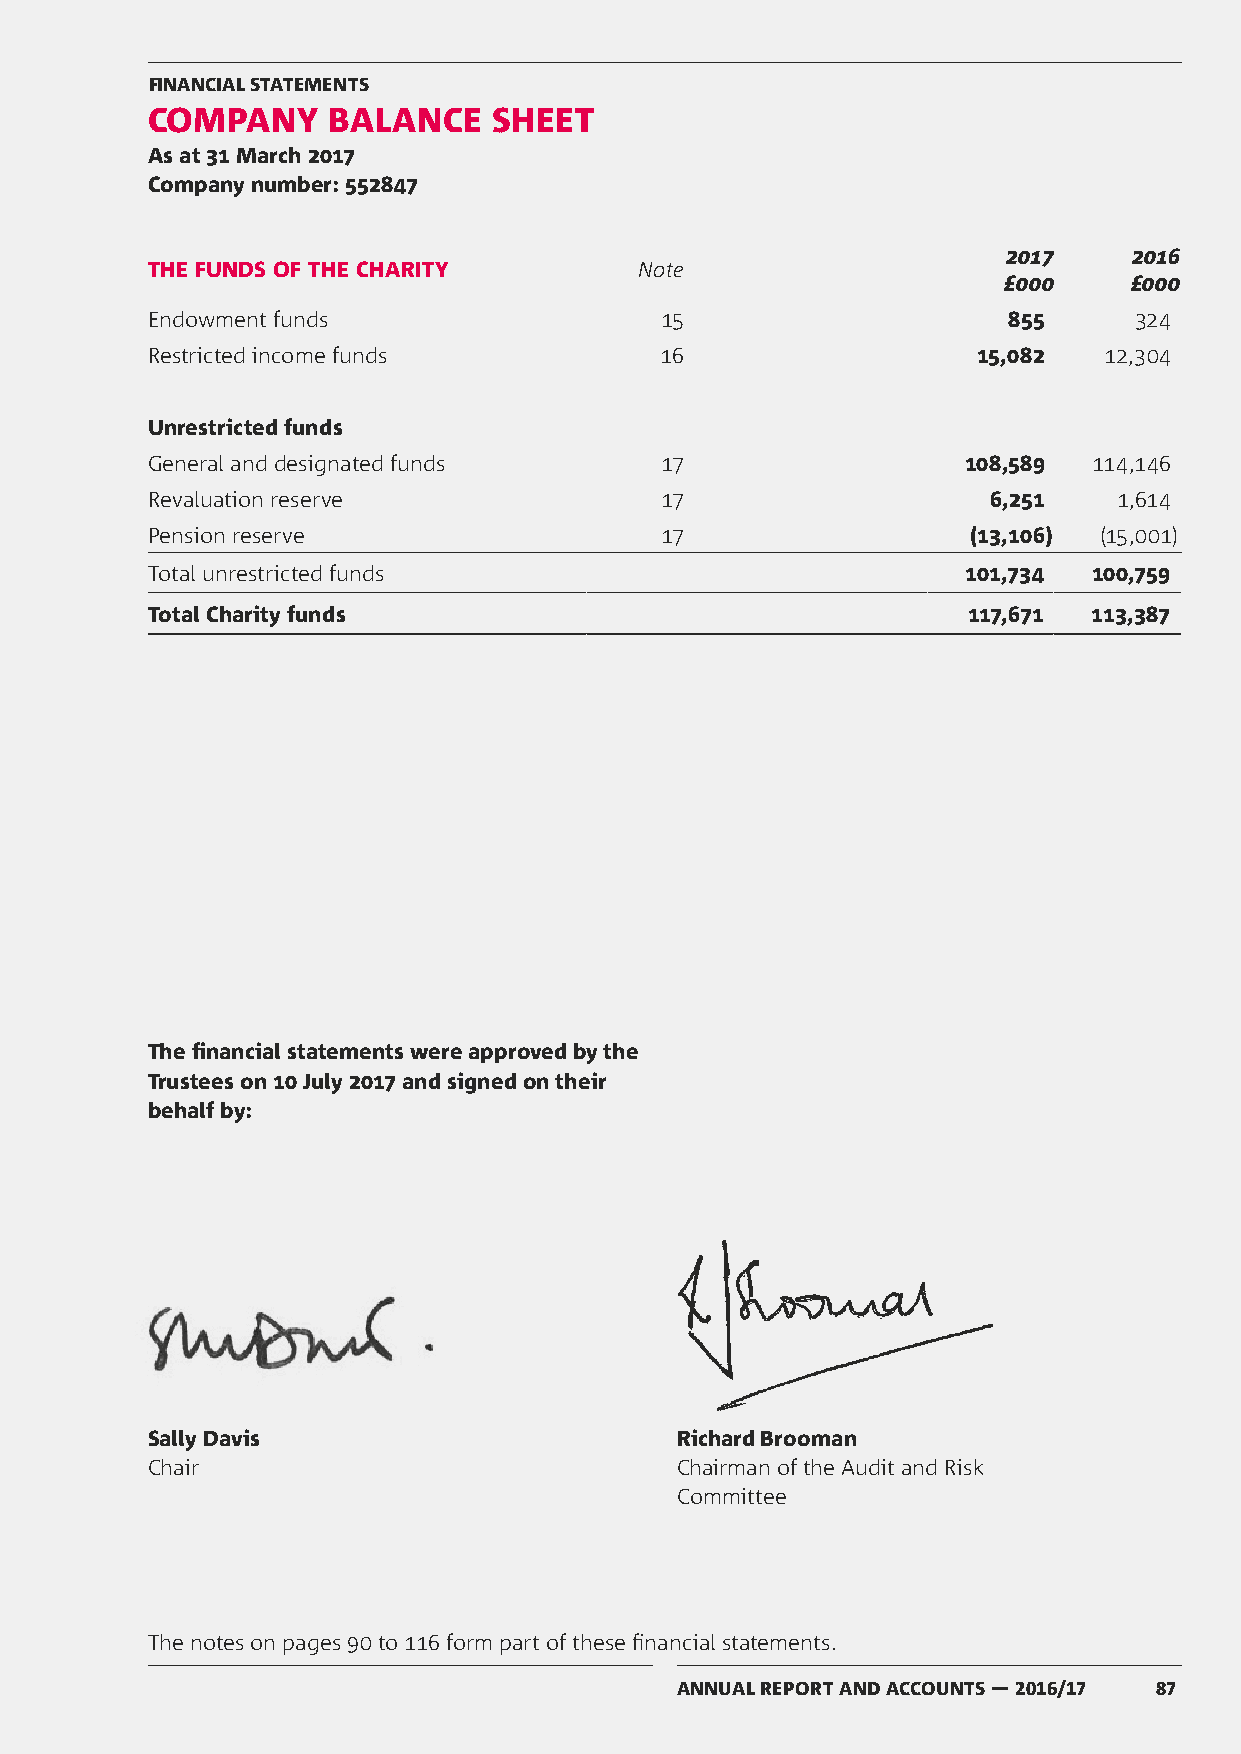
FINANCIAL STATEMENTS
 COMPANY     BALANCE    SHEET
 As at 31 March 2017
 Company number: 552847
 2017    2016
 THE FUNDS OF THE CHARITY        Note
 £000     £000
 Endowment funds                   15                     855     324
 Restricted income funds           16                   15,082  12,304
 Unrestricted funds
 General and designated funds      17                  108,589 114,146
 Revaluation reserve               17                   6,251    1,614
 Pension reserve                   17                  (13,106) (15,001)
 Total unrestricted funds                              101,734 100,759
 Total Charity funds                                   117,671 113,387
 The financial statements were approved by the
 Trustees on 10 July 2017 and signed on their
 behalf by:
 Sally Davis                        Richard Brooman
 Chair                              Chairman of the Audit and Risk
 Committee
 The notes on pages 90 to 116 form part of these financial statements.
 ANNUAL REPORT AND ACCOUNTS — 2016/17 87